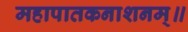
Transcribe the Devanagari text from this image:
महापातकनाशनम्‌॥